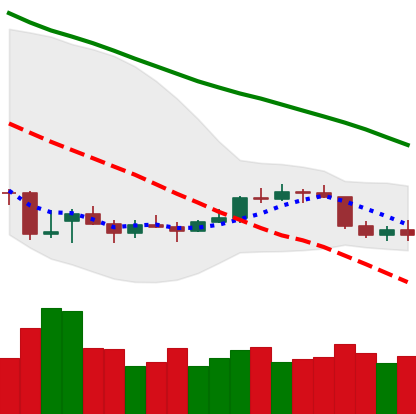
Ticker: ETC-USD
Chart end date: 2021-12-31
Forward return: -5.999%
Label: down_5_7